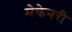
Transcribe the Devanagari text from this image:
मेकेनरी